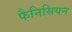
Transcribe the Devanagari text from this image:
फैनिसियन